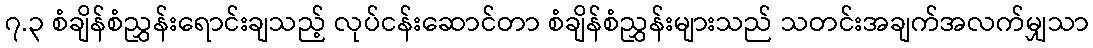
၇.၃ စံချိန်စံညွှန်းရောင်းချသည့် လုပ်ငန်းဆောင်တာ စံချိန်စံညွှန်းများသည် သတင်းအချက်အလက်မျှသာ